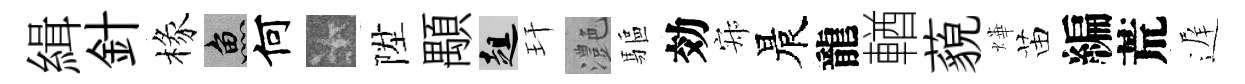
緝針椽魚何卡陞顒趄玕灔驅効寂晨龍輶藐燁苗編荒遅